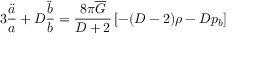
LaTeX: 3 \frac { \ddot { a } } { a } + D \frac { \ddot { b } } { b } = \frac { 8 \pi \overline { { { G } } } } { D + 2 } \left[ - ( D - 2 ) \rho - D p _ { b } \right]